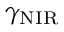
\gamma _ { \mathrm { N I R } }